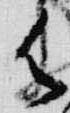
御